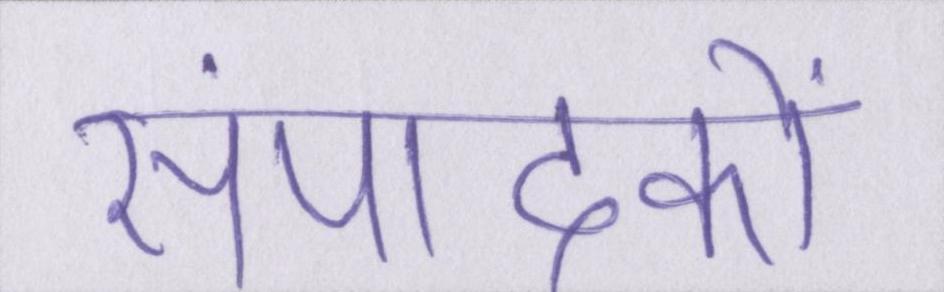
संपादकों